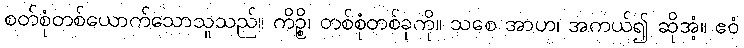
စတ်စုံတစ်ယောက်သောသူသည်။ ကိဉ္စိ၊ တစ်စုံတစ်ခုကို။ သစေ အာဟ၊ အကယ်၍ ဆိုအံ့။ ဧဝံ